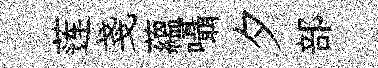
莲戔蘊囁夕部